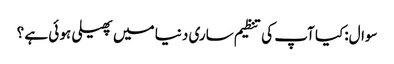
سوال:کیا آپ کی تنظیم ساری دنیا میں پھیلی ہو ئی ہے ؟